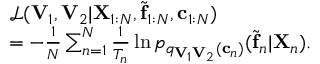
\begin{array} { r l } & { \mathcal { L } ( \mathbf { V } _ { 1 } , \mathbf { V } _ { 2 } | \mathbf { X } _ { 1 : N } , \tilde { \mathbf { f } } _ { 1 : N } , \mathbf { c } _ { 1 : N } ) } \\ & { = - \frac { 1 } { N } \sum _ { n = 1 } ^ { N } \frac { 1 } { T _ { n } } \ln p _ { q _ { \mathbf { V } _ { 1 } \mathbf { V } _ { 2 } } ( \mathbf { c } _ { n } ) } ( \tilde { \mathbf { f } } _ { n } | \mathbf { X } _ { n } ) . } \end{array}